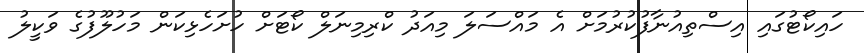
ހައިކޯޓުގައި އިސްތިއުނާފުކުރުމަށް އެ މައްސަލަ މިއަދު ކްރިމިނަލް ކޯޓަށް ހުށަހެޅިކަން މަހުލޫފުގެ ވަކީލު